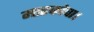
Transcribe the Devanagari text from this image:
मारकोवा।